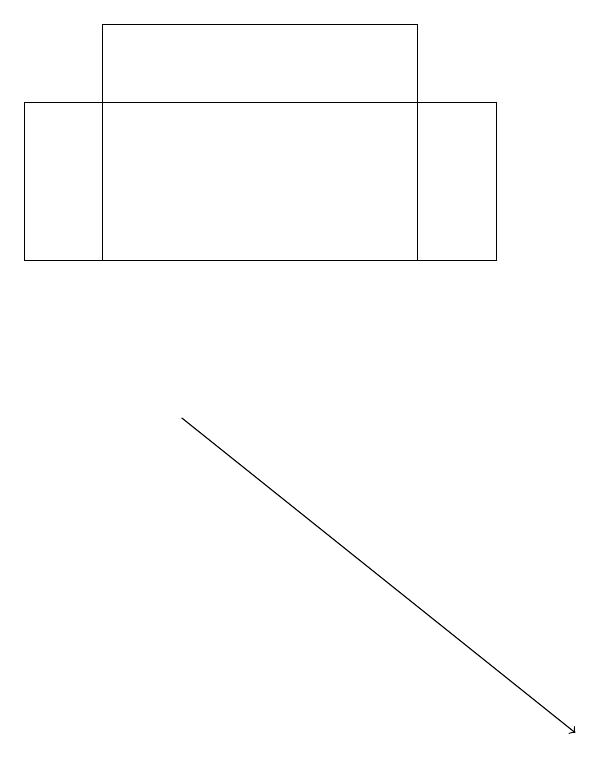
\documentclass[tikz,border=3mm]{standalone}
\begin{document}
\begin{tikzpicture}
\draw (6,19) rectangle (2,16);
\draw (7,18) rectangle (1,16);
\draw[->] (3,14) -- (8,10);
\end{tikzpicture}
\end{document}